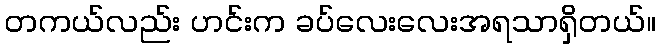
တကယ်လည်း ဟင်းက ခပ်လေးလေးအရသာရှိတယ်။